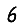
Digit: 6